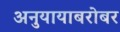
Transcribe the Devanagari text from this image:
अनुयायाबरोबर